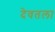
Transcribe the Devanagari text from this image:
देवतला